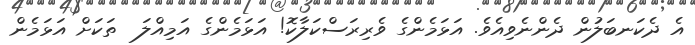
އެ ދެކަނބަލުން ދެންނެވިއެވެ. އަޅަމެންގެ ވެރިރަސްކަލާކޮ! އަޅަމެންގެ އަމިއްލަ  ތަކަށް އަޅަމެން